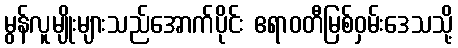
မွန်လူမျိုးများသည်အောက်ပိုင်း ဧရာဝတီမြစ်ဝှမ်းဒေသသို့